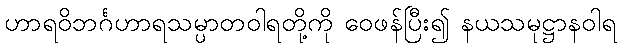
ဟာရဝိဘင်္ဂဟာရသမ္ပာတဝါရတို့ကို ဝေဖန်ပြီး၍ နယသမုဋ္ဌာနဝါရ